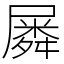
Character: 𡳞